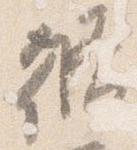
修